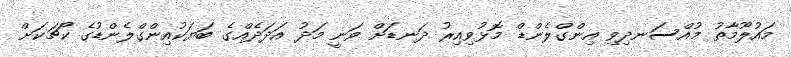
މައުލޫމާތު މުއްސަނދިވި އިންގްލެންޑް މޮޅުވިއިރު ދަނޑަށް ވަނީ މަދު އަދަދެއްގެ ބަޔަކުއިންގްލެންޑުގެ ކޯޗަކަށް